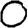
Digit: 0